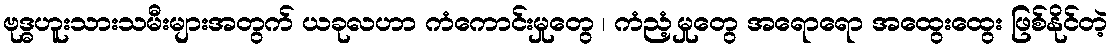
ဗုဒ္ဓဟူးသားသမီးများအတွက် ယခုလဟာ ကံကောင်းမှုတွေ ၊ ကံညံ့မှုတွေ အရောရော အထွေးထွေး ဖြစ်နိုင်တဲ့